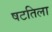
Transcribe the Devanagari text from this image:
षटतिला